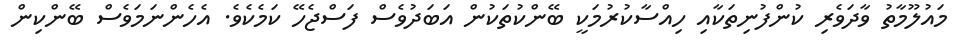
މައުލޫމާތު ވާދަވެރި ކުންފުނިތަކާއި ހިއްސާކުރުމަކީ ބޭންކުތަކުން އަބަދުވެސް ފަސްޖެހޭ ކަމެކެވެ. އެހެންނަމަވެސް ބޭންކިން